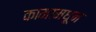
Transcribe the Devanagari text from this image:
कामामधून